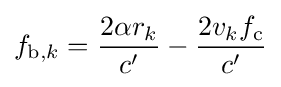
f_{\mathrm {b} ,k}={\frac {2\alpha r_{k}}{c'}}-{\frac {2v_{k}f_{\mathrm {c} }}{c'}}